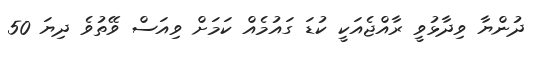
ދުންޔާ ވިދާޅުވީ ރާއްޖެއަކީ ކުޑަ ގައުމެއް ކަމަށް ވިއަސް ވޭތުވެ ދިޔަ 50